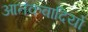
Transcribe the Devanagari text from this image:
आतंकवादियो